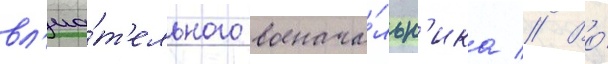
вл'иа́т'ельного военача́льн'ика // Во́